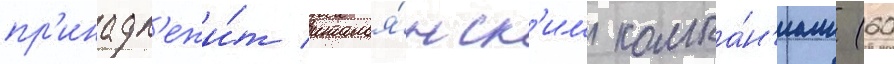
пр'инадл'ежи́т италья́нск'им компа́н'иам (60